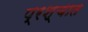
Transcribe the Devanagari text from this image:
प्रश्चात